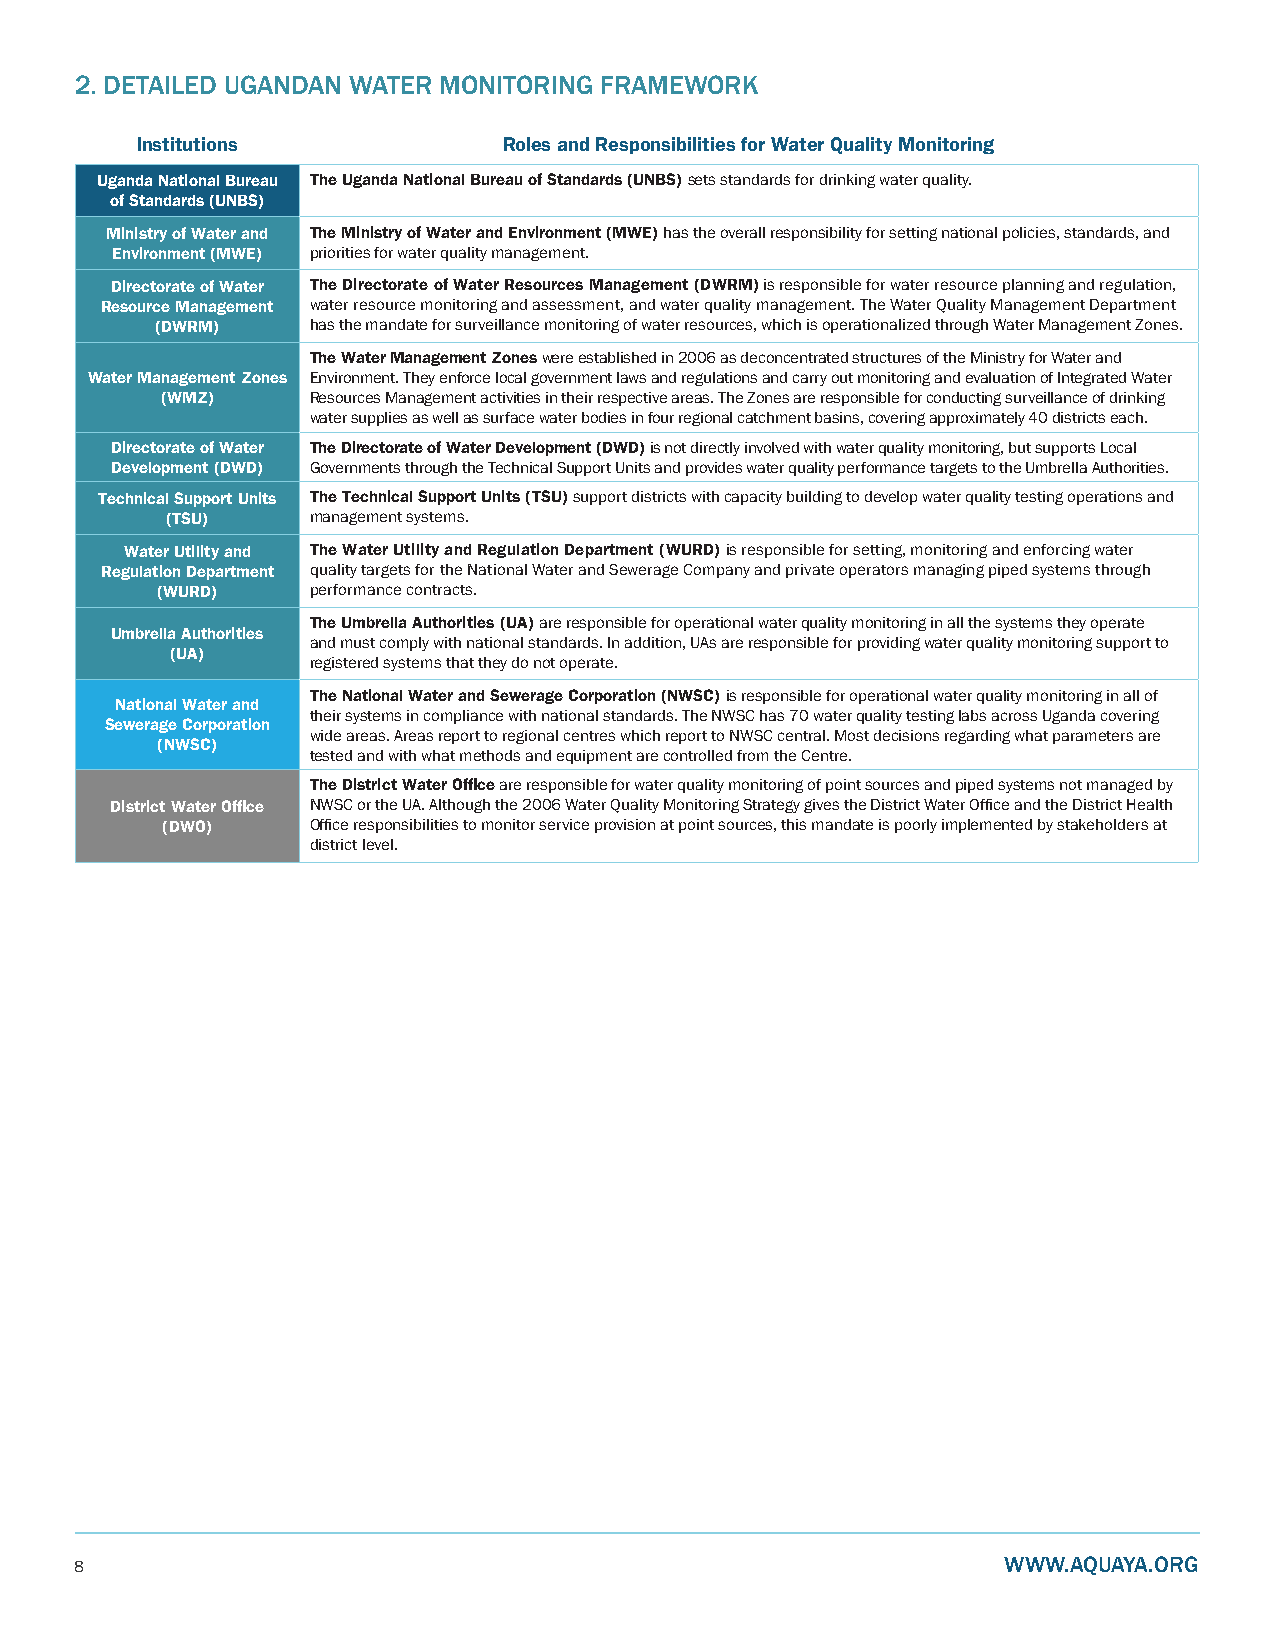
2. DETAILED UGANDAN WATER MONITORING FRAMEWORK
 Institutions            Roles and Responsibilities for Water Quality Monitoring
 Uganda National Bureau The Uganda National Bureau of Standards (UNBS) sets standards for drinking water quality.
 of Standards (UNBS)
 Ministry of Water and The Ministry of Water and Environment (MWE) has the overall responsibility for setting national policies, standards, and
 Environment (MWE) priorities for water quality management.
 Directorate of Water The Directorate of Water Resources Management (DWRM) is responsible for water resource planning and regulation,
 Resource Management water resource monitoring and assessment, and water quality management. The Water Quality Management Department
 (DWRM)     has the mandate for surveillance monitoring of water resources, which is operationalized through Water Management Zones.
 The Water Management Zones were established in 2006 as deconcentrated structures of the Ministry for Water and
 Water Management Zones Environment. They enforce local government laws and regulations and carry out monitoring and evaluation of Integrated Water
 (WMZ)     Resources Management activities in their respective areas. The Zones are responsible for conducting surveillance of drinking
 water supplies as well as surface water bodies in four regional catchment basins, covering approximately 40 districts each.
 Directorate of Water The Directorate of Water Development (DWD) is not directly involved with water quality monitoring, but supports Local
 Development (DWD) Governments through the Technical Support Units and provides water quality performance targets to the Umbrella Authorities.
 Technical Support Units The Technical Support Units (TSU) support districts with capacity building to develop water quality testing operations and
 (TSU)     management systems.
 Water Utility and The Water Utility and Regulation Department (WURD) is responsible for setting, monitoring and enforcing water
 Regulation Department quality targets for the National Water and Sewerage Company and private operators managing piped systems through
 (WURD)     performance contracts.
 The Umbrella Authorities (UA) are responsible for operational water quality monitoring in all the systems they operate
 Umbrella Authorities
 and must comply with national standards. In addition, UAs are responsible for providing water quality monitoring support to
 (UA)
 registered systems that they do not operate.
 The National Water and Sewerage Corporation (NWSC) is responsible for operational water quality monitoring in all of
 National Water and
 their systems in compliance with national standards. The NWSC has 70 water quality testing labs across Uganda covering
 Sewerage Corporation
 wide areas. Areas report to regional centres which report to NWSC central. Most decisions regarding what parameters are
 (NWSC)
 tested and with what methods and equipment are controlled from the Centre.
 The District Water Office are responsible for water quality monitoring of point sources and piped systems not managed by
 District Water Office NWSC or the UA. Although the 2006 Water Quality Monitoring Strategy gives the District Water Office and the District Health
 (DWO)     Office responsibilities to monitor service provision at point sources, this mandate is poorly implemented by stakeholders at
 district level.
 8                                                            WWW.AQUAYA.ORG